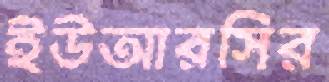
ইউআরসির